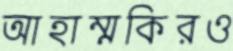
আহাম্মকিরও